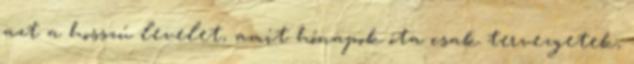
azt a hosszú levelet, amit hónapok óta csak tervezgetek,